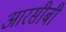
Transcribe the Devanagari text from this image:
आरसीबी